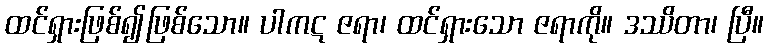
ထင်ရှားဖြစ်၍ဖြစ်သော။ ပါကဋ ဇရာ၊ ထင်ရှားသော ဇရာကို။ ဒဿိတာ၊ ပြီ။